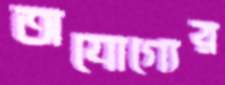
অযোগ্যের